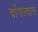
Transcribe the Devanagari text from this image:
वोंगस्वात